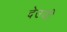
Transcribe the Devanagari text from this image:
देउजी